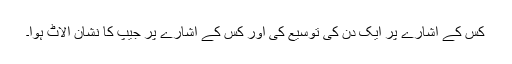
کس کے اشارے پر ایک دن کی توسیع کی اور کس کے اشارے پر جیپ کا نشان الاٹ ہوا۔